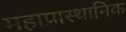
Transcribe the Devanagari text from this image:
महाप्रास्थानिक